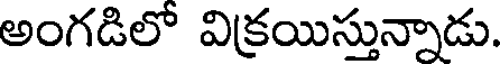
అంగడిలో విక్రయిస్తున్నాడు.